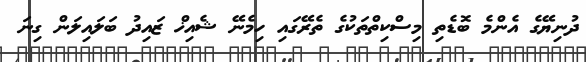
ދުނިޔޭގެ އެންމެ ބޮޑެތި މިސްކިތްތަކުގެ ތެރޭގައި ހިމެނޭ ޝެއިޚް ޒައިދު ބަލައިލަން ގިނަ